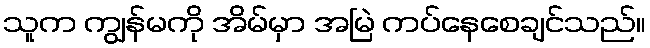
သူက ကျွန်မကို အိမ်မှာ အမြဲ ကပ်နေစေချင်သည်။